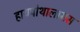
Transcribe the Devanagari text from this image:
हायपोथालामस